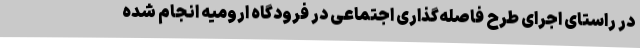
در راستای اجرای طرح فاصله‌گذاری اجتماعی در فرودگاه ارومیه انجام شده